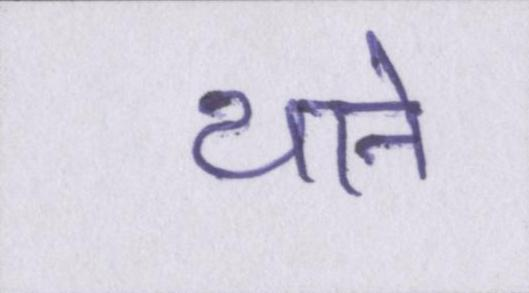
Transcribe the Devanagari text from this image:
थाने